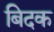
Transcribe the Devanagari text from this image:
बिदक